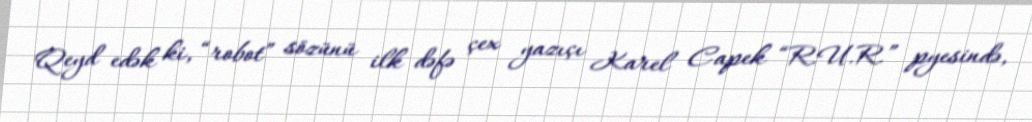
Qeyd edək ki, “robot” sözünü ilk dəfə çex yazıçı Karel Capek “R.U.R.” pyesində,